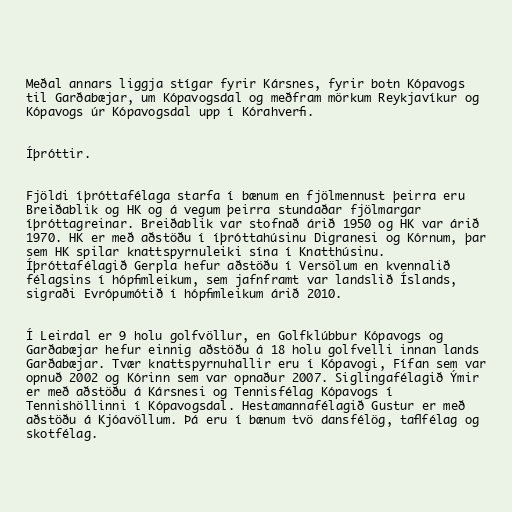
Meðal annars liggja stígar fyrir Kársnes, fyrir botn Kópavogs
til Garðabæjar, um Kópavogsdal og meðfram mörkum Reykjavíkur og
Kópavogs úr Kópavogsdal upp í Kórahverfi.

Íþróttir.

Fjöldi íþróttafélaga starfa í bænum en fjölmennust þeirra eru
Breiðablik og HK og á vegum þeirra stundaðar fjölmargar
íþróttagreinar. Breiðablik var stofnað árið 1950 og HK var árið
1970. HK er með aðstöðu í íþróttahúsinu Digranesi og Kórnum, þar
sem HK spilar knattspyrnuleiki sína í Knatthúsinu.
Íþróttafélagið Gerpla hefur aðstöðu í Versölum en kvennalið
félagsins í hópfimleikum, sem jafnframt var landslið Íslands,
sigraði Evrópumótið í hópfimleikum árið 2010.

Í Leirdal er 9 holu golfvöllur, en Golfklúbbur Kópavogs og
Garðabæjar hefur einnig aðstöðu á 18 holu golfvelli innan lands
Garðabæjar. Tvær knattspyrnuhallir eru í Kópavogi, Fífan sem var
opnuð 2002 og Kórinn sem var opnaður 2007. Siglingafélagið Ýmir
er með aðstöðu á Kársnesi og Tennisfélag Kópavogs í
Tennishöllinni í Kópavogsdal. Hestamannafélagið Gustur er með
aðstöðu á Kjóavöllum. Þá eru í bænum tvö dansfélög, taflfélag og
skotfélag.